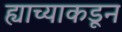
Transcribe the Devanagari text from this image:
ह्याच्याकडून